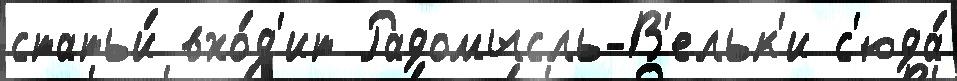
статьи́ вхо́д'ит Радомысль-В'ельк'и с'юда́